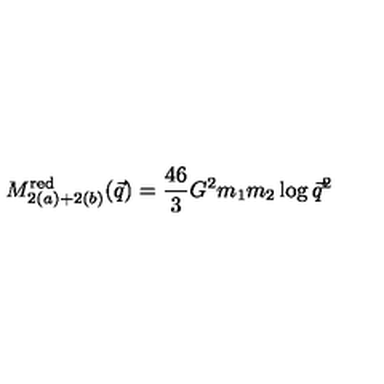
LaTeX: M _ { 2 ( a ) + 2 ( b ) } ^ { \mathrm { r e d } } ( \vec { q } ) = { \frac { 4 6 } { 3 } } G ^ { 2 } m _ { 1 } m _ { 2 } \log \vec { q } ^ { 2 }